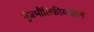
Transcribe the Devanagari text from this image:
पुंजभौतिकीमधील